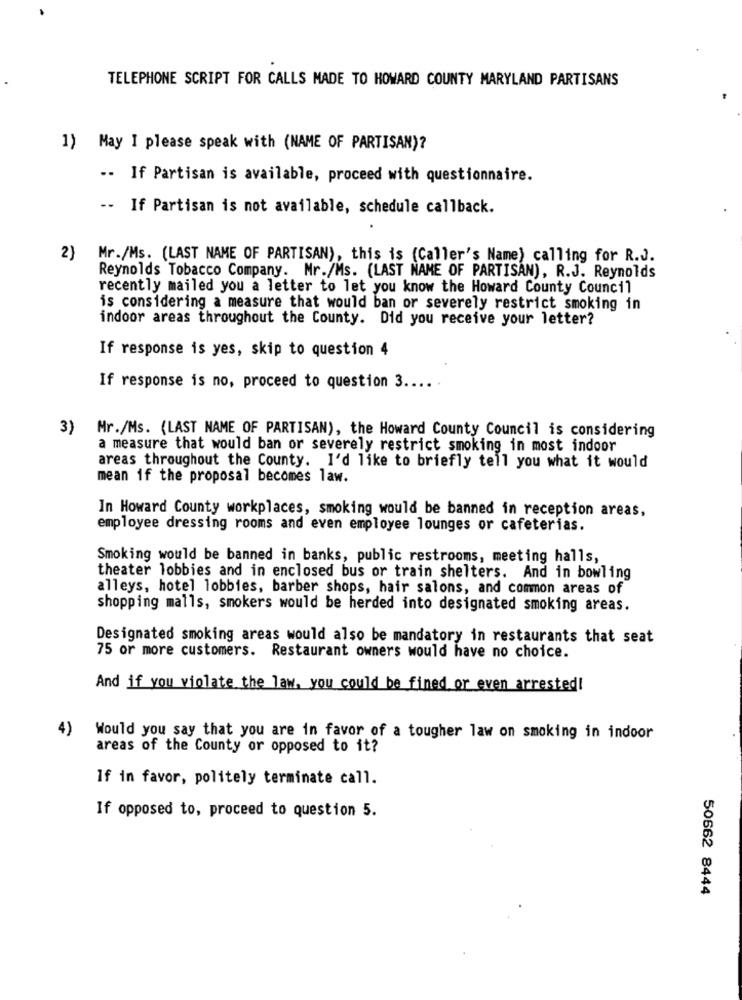
TELEPHONE SCRIPT FOR CALLS MADE TO HOWARD COUNTY MARYLAND PARTISANS
1) May I please speak with (NAME OF PARTISAN)?
-- If Partisan is available, proceed with questionnaire.
-- If Partisan is not available, schedule callback.
2)
Mr./Ms. (LAST NAME OF PARTISAN), this is (Caller's Name) calling for R.J.
Reynolds Tobacco Company. Mr./Ms. (LAST NAME OF PARTISAN), R.J. Reynolds
recently mailed you a letter to let you know the Howard County Council
is considering a measure that would ban or severely restrict smoking in
indoor areas throughout the County. Did you receive your letter?
If response is yes, skip to question 4
If response is no, proceed to question 3 ....
3) Mr./Ms. (LAST NAME OF PARTISAN), the Howard County Council is considering
a measure that would ban or severely restrict smoking in most indoor
areas throughout the County. I'd like to briefly tell you what it would
mean if the proposal becomes law.
In Howard County workplaces, smoking would be banned in reception areas,
employee dressing rooms and even employee lounges or cafeterias.
Smoking would be banned in banks, public restrooms, meeting halls,
theater lobbies and in enclosed bus or train shelters. And in bowling
alleys, hotel lobbies, barber shops, hair salons, and common areas of
shopping malls, smokers would be herded into designated smoking areas.
Designated smoking areas would also be mandatory in restaurants that seat
75 or more customers. Restaurant owners would have no choice.
And if you violate the law, you could be fined or even arrested!
4)
Would you say that you are in favor of a tougher law on smoking in indoor
areas of the County or opposed to it?
If in favor, politely terminate call.
If opposed to, proceed to question 5.
50662 8444